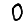
Digit: 0